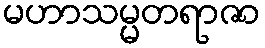
မဟာသမ္မတရာဇာ